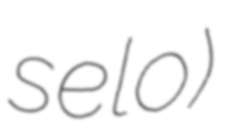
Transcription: selo)